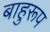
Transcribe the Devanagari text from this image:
बाहुरूप